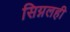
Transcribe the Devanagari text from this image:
सिग्नलही